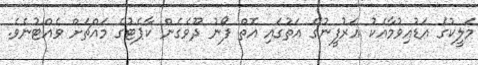
މަލީކުގެ އަޑުއިވުމާއެކު އަރުފީނުގެ އަތުގައި އޮތް ފޯނު ދޫވެގެން ކާޕެޓުގެ މައްޗަށް ވެއްޓުނެވެ.